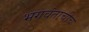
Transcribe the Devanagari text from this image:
भगवंताचीच